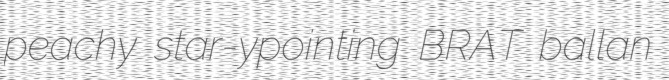
peachy star-ypointing BRAT ballan